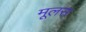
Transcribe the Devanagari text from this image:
मूलस